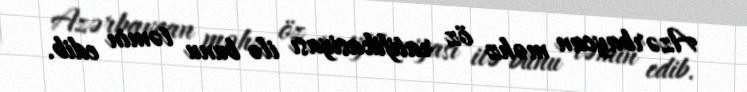
Azərbaycan məhz öz ratifikasiyası ilə bunu təmin edib.